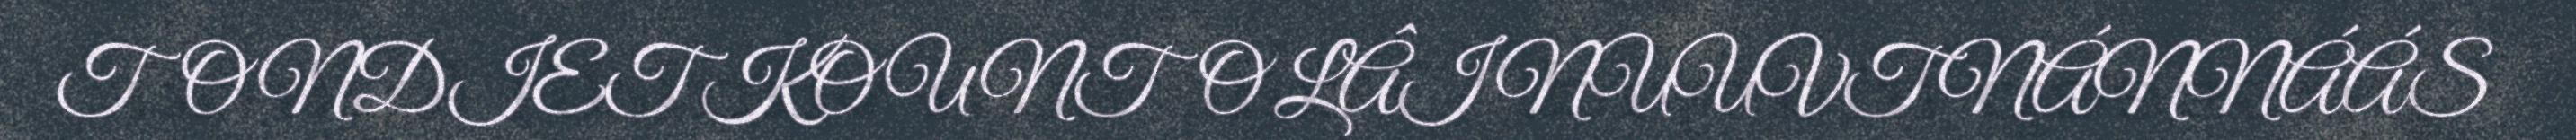
TONDIET KO UNTO LÂI NUUVT NÁNNÁÁS